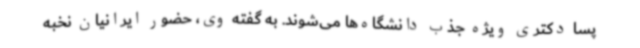
پسا دکتری ویژه جذب دانشگاه‌ها می‌شوند. به گفته وی، حضور ایرانیان نخبه